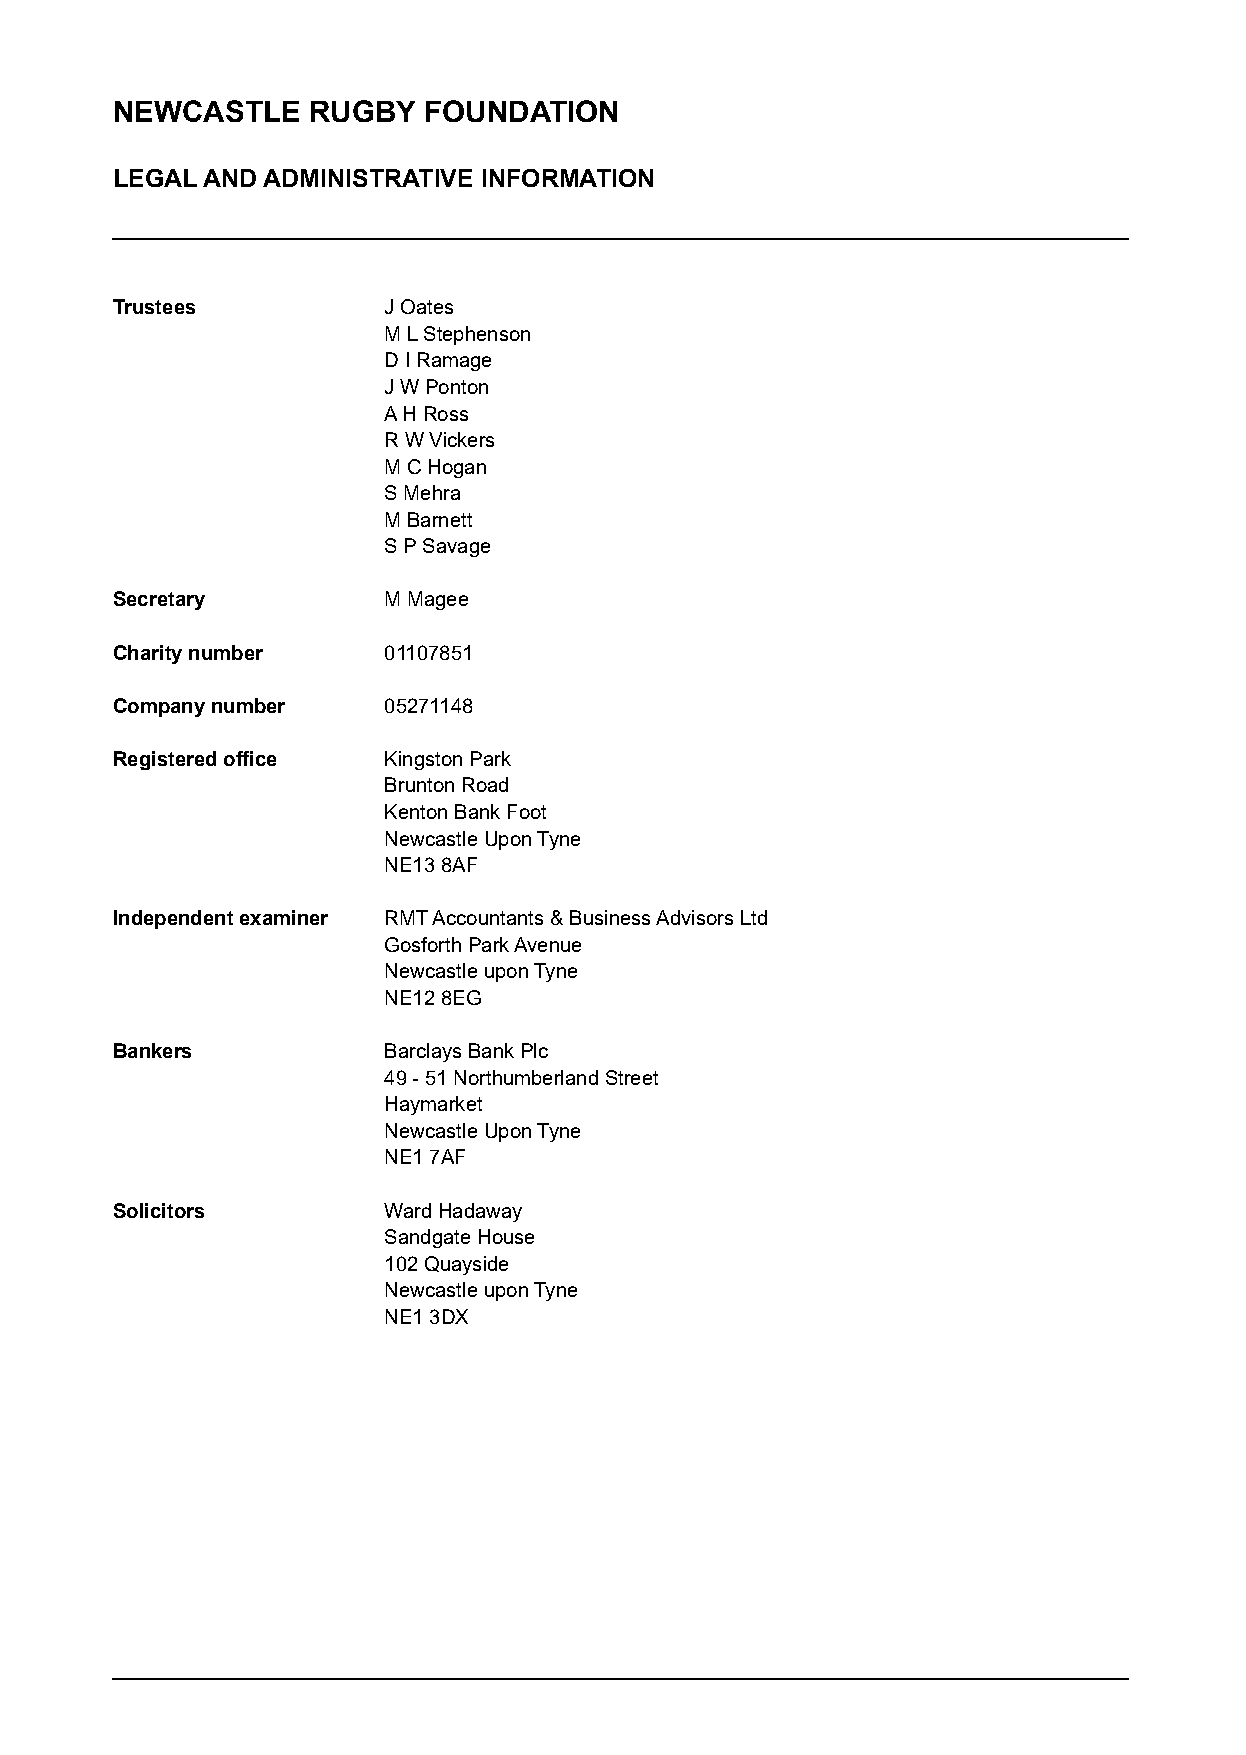
NEWCASTLE    RUGBY   FOUNDATION
 LEGAL AND ADMINISTRATIVE INFORMATION
 Trustees          J Oates
 M L Stephenson
 D I Ramage
 J W Ponton
 A H Ross
 R W Vickers
 M C Hogan
 S Mehra
 M Barnett
 S P Savage
 Secretary         M Magee
 Charity number    01107851
 Company number    05271148
 Registered office Kingston Park
 Brunton Road
 Kenton Bank Foot
 Newcastle Upon Tyne
 NE13 8AF
 Independent examiner RMT Accountants & Business Advisors Ltd
 Gosforth Park Avenue
 Newcastle upon Tyne
 NE12 8EG
 Bankers           Barclays Bank Plc
 49 - 51 Northumberland Street
 Haymarket
 Newcastle Upon Tyne
 NE1 7AF
 Solicitors        Ward Hadaway
 Sandgate House
 102 Quayside
 Newcastle upon Tyne
 NE1 3DX